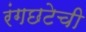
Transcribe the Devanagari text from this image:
रंगछटेची